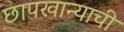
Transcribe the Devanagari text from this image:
छापखान्याची